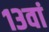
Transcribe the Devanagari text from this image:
१३वां